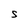
Character: S